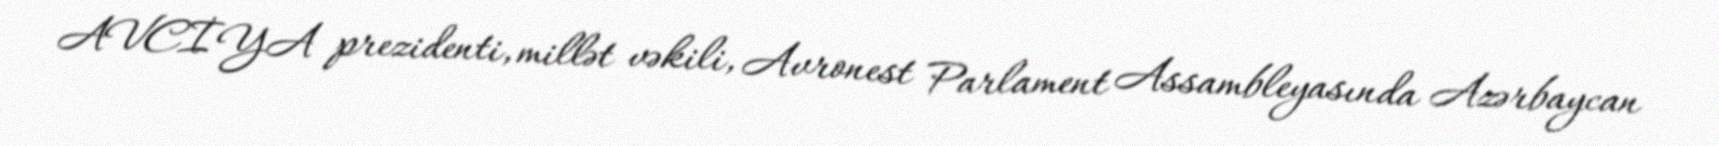
AVCİYA prezidenti, millət vəkili, Avronest Parlament Assambleyasında Azərbaycan